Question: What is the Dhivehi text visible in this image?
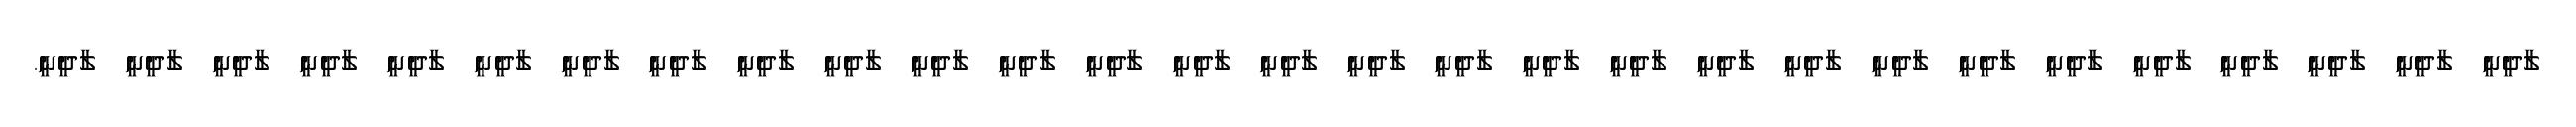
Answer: ލާދީނީ ލާދީނީ ލާދީނީ ލާދީނީ ލާދީނީ ލާދީނީ ލާދީނީ ލާދީނީ ލާދީނީ ލާދީނީ ލާދީނީ ލާދީނީ ލާދީނީ ލާދީނީ ލާދީނީ ލާދީނީ ލާދީނީ ލާދީނީ ލާދީނީ ލާދީނީ ލާދީނީ ލާދީނީ ލާދީނީ ލާދީނީ ލާދީނީ ލާދީނީ ލާދީނީ ލާދީނީ ލާދީނީ.